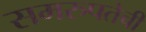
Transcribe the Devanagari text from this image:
समरुपतेची